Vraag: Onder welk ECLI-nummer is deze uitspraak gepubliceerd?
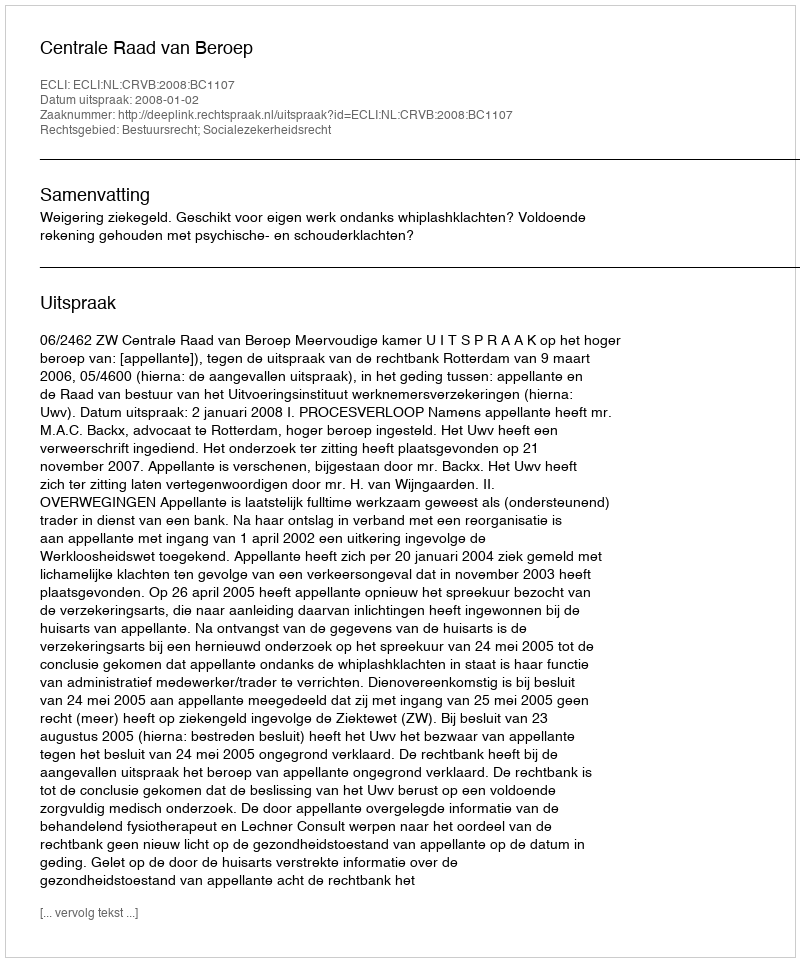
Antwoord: ECLI:NL:CRVB:2008:BC1107